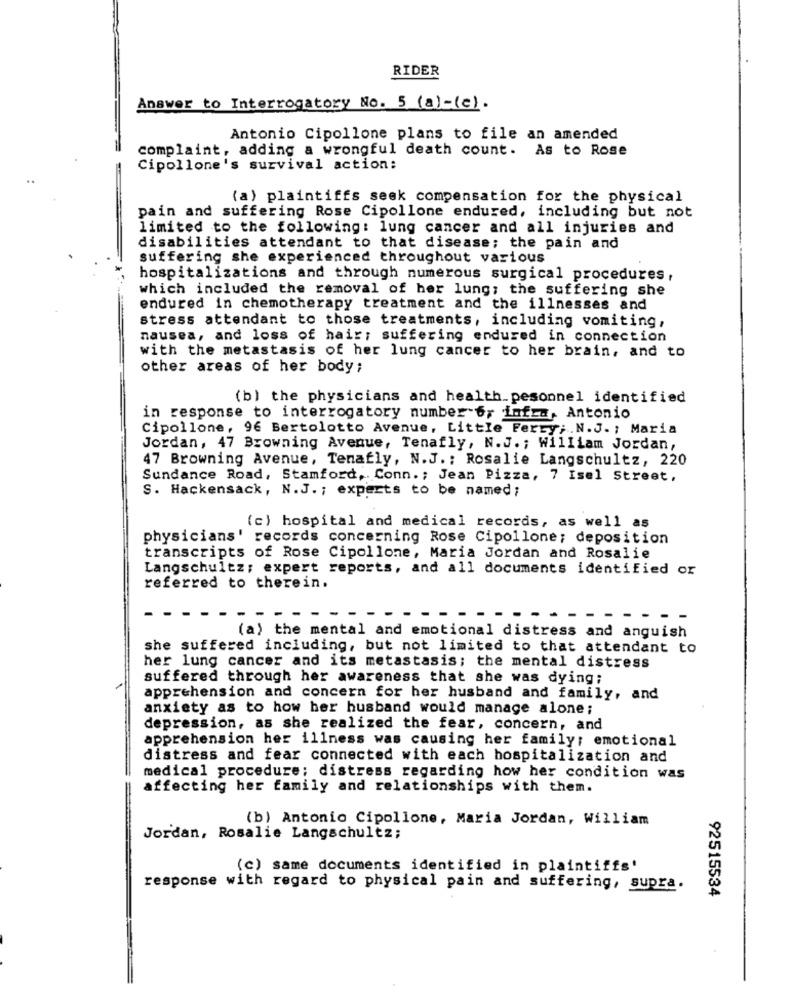
RIDER
Answer to Interrogatory No. 5 (a) -(e).
Antonio Cipollone plans to file an amended
complaint, adding a wrongful death count. As to Rose
Cipollone's survival action:
(a) plaintiffs seek compensation for the physical
pain and suffering Rose Cipollone endured, including but not
limited to the following: lung cancer and all injuries and
disabilities attendant to that disease; the pain and
suffering she experienced throughout various
hospitalizations and through numerous surgical procedures,
which included the removal of her lung; the suffering she
endured in chemotherapy treatment and the illnesses and
stress attendant to those treatments, including vomiting,
nausea, and loss of hair; suffering endured in connection
with the metastasis of her lung cancer to her brain, and to
other areas of her body;
(b) the physicians and health.pesonnel identified
in response to interrogatory number 6, infra, Antonio
Cipollone, 96 Bertolotto Avenue, Little Ferry ;. N.J. ; Maria
Jordan, 47 Browning Avenue, Tenafly, N.J .; William Jordan,
47 Browning Avenue, Tenafly, N.J .: Rosalie Langschultz, 220
Sundance Road, Stamford, Conn. ; Jean Pizza, 7 Isel Street,
S. Hackensack, N.J. ; experts to be named;
(c) hospital and medical records, as well as
physicians' records concerning Rose Cipollone; deposition
transcripts of Rose Cipollone, Maria Jordan and Rosalie
Langschultz; expert reports, and all documents identified or
referred to therein.
(a) the mental and emotional distress and anguish
she suffered including, but not limited to that attendant to
her lung cancer and its metastasis; the mental distress
suffered through her awareness that she was dying;
apprehension and concern for her husband and family, and
anxiety as to how her husband would manage alone;
depression, as she realized the fear, concern, and
apprehension her illness was causing her family; emotional
distress and fear connected with each hospitalization and
medical procedure; distress regarding how her condition was
affecting her family and relationships with them.
(b) Antonio Cipollone, Maria Jordan, William
Jordan, Rosalie Langschultz;
(c) same documents identified in plaintiffs'
response with regard to physical pain and suffering, supra.
92515534